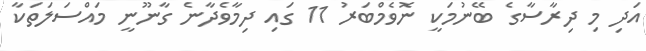
އަދި މި ދިރާސާގެ ބޭނުމަކީ ނޮވެމްބަރު 11 ގައި ދިމާވެދާނެ ގާނޫނީ މައްސަލަތަކާ